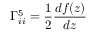
\Gamma _ { i i } ^ { 5 } = \frac { 1 } { 2 } \frac { d f ( z ) } { d z }